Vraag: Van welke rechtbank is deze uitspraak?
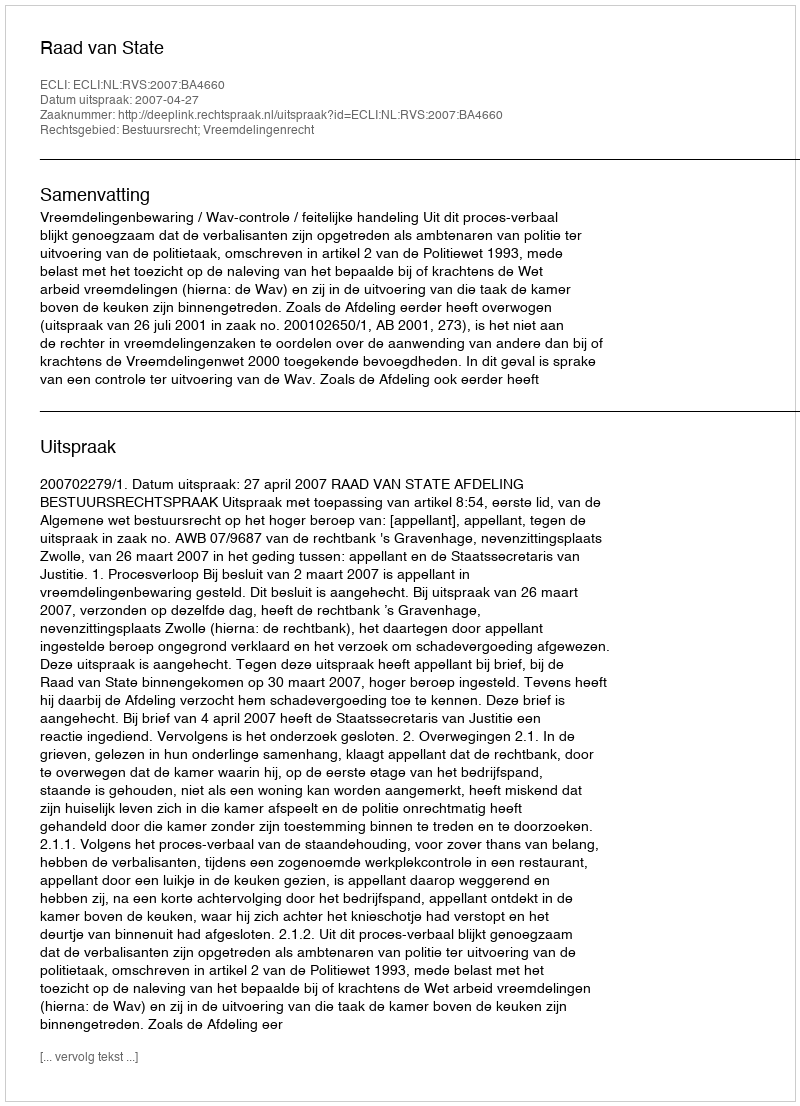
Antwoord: Raad van State